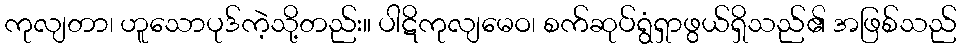
ကုလျတာ၊ ဟူသောပုဒ်ကဲ့သို့တည်း။ ပါဋိကုလျမေဝ၊ စက်ဆုပ်ရွံရှာဖွယ်ရှိသည်၏ အဖြစ်သည်